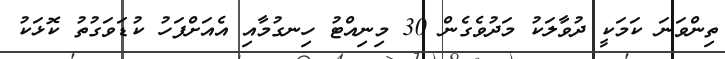
ތިންވަނަ ކަމަކީ ދުވާލަކު މަދުވެގެން 30 މިނިއްޓު ހިނގުމާއި އެއަށްފަހު ކުޑަވަގުތު ކޮޅަކު